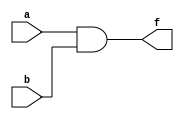
// 2-input AND
module AND2 (a, b, f);
	input a;	
                  input b;	
                  output f;        
// Dataflow verilog style.	
assign f = (a & b);
endmodule
// 2-input OR
module OR2 (a, b, f);	
        input a;	
        input b;	
        output f;        
// Dataflow verilog style.	
        assign f = (a | b);
        endmodule
// 2-input NAND
module NAND2 (a, b, f);
            input a;	
            input b;	
            output f;        
// Dataflow verilog style.	
         assign f = ~(a & b);
endmodule
// 2-input NOR
module NOR2 (a, b, f);
	input a;	
                  input b;	
                 output f;       
// Dataflow verilog style.	
               assign f = ~(a | b);
endmodule
// inverter (NOT gate)
module INV (a, f);	
         input a;	
         output f;        
// Dataflow verilog style.	
          assign f = ~a;
endmodule